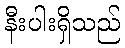
နီးပါးရှိသည်